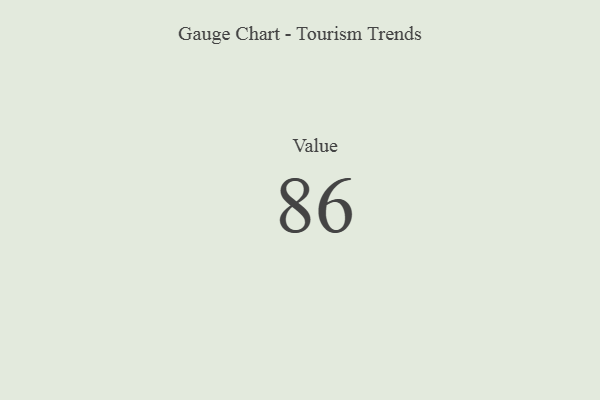
{"axis": {"x": "Metric", "y": "Value"}, "legend": [""], "data": [{"x": "Value", "y": 86, "type": ""}]}